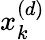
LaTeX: x_{k}^{(d)}